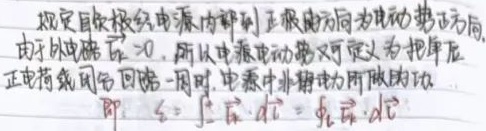
规定自负极经电源内部到正极的方向为电动势的方向。由于\(\varepsilon > 0\)，所以电源电动势又可定义为把单位正电荷绕闭合回路一周时，电源中非静电力所做的功。即：
\[
\varepsilon=\int_{L} \vec{E}_{K}\cdot \mathrm{d}\vec{l}=\oint_{L} \vec{E}_{K}\cdot \mathrm{d}\vec{l}
\]